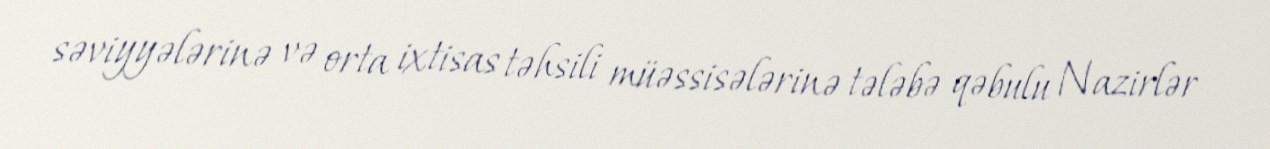
səviyyələrinə və orta ixtisas təhsili müəssisələrinə tələbə qəbulu Nazirlər